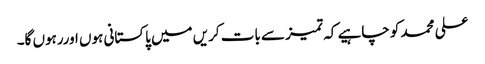
علی محمد کو چاہیے کہ تمیز سے بات کریں میں پاکستانی ہوں اوررہوں گا۔